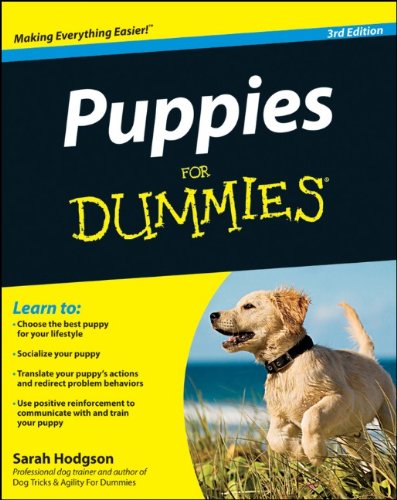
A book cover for Puppies For Dummies; Sarah Hodgson; Crafts, Hobbies & Home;